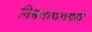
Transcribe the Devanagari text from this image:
विश्वनाथनगरी